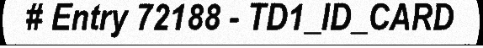
# Entry 72188 - TD1_ID_CARD